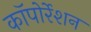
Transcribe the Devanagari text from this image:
काॅपोर्रेशन